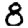
Digit: 8